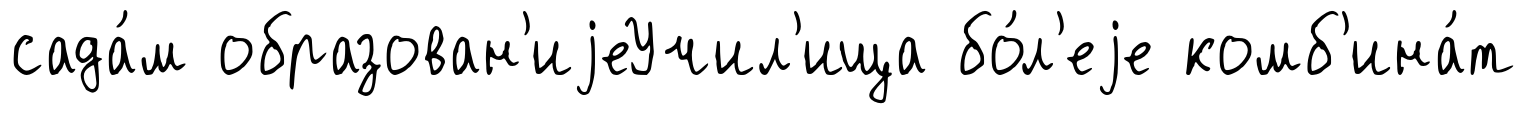
сада́м образован'иjеУчил'ища бо́л'еjе комб'ина́т